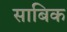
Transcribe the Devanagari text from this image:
साबिक